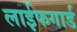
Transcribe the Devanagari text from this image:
लाईफगार्ड